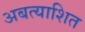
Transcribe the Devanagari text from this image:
अबत्याशित